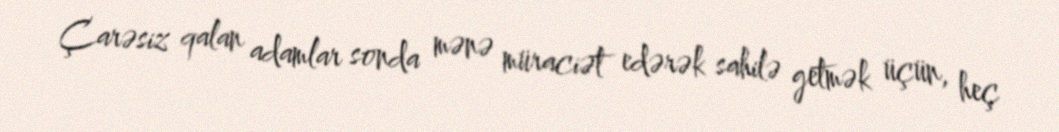
Çarəsiz qalan adamlar sonda mənə müraciət edərək sahilə getmək üçün, heç